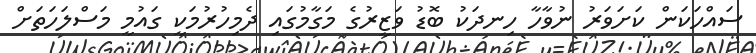
ސައްހަކަން ކަށަވަރު ނުވާހާ ހިނދަކު ބޮޑު ވަޒީރުގެ މަގާމުގައި ދެމިހުރުމަކީ ގައުމީ މަސްލަހަތަށް